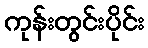
ကုန်းတွင်းပိုင်း